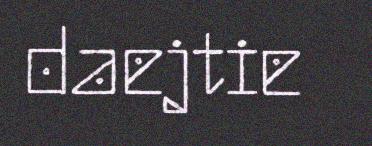
daejtie